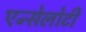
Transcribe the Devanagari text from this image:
एन्सेलोटी